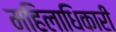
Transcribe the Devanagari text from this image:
महिलाधिकारी